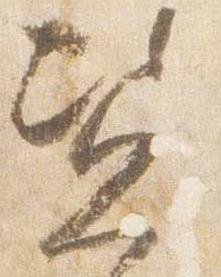
資